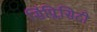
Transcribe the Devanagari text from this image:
सिंप्लिसिटी